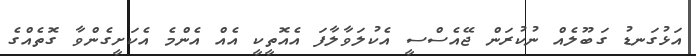
އަޅުގަނޑު ގަބޫލެއް ނުކުރަން ޖޭއެސްސީ އެކުލަވާލާފަ އެއޮތީކީ އެއް އެންމެ އެކަށީގެންވާ ގޮތެއްގެ